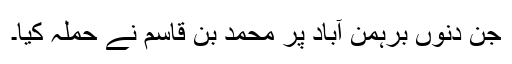
جن دنوں برہمن آباد پر محمد بن قاسم نے حملہ کیا۔